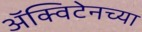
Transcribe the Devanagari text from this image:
ॲक्विटेनच्या